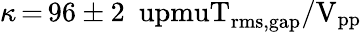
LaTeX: \kappa\, {=}\, 96\pm 2~\mathrm{\ upmuT_{rms,gap}/V_{pp}}